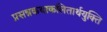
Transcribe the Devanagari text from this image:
प्रसन्नकथाकलितार्थयुक्ति